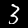
Label: 3